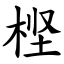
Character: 㭴